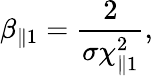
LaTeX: \beta_{\parallel 1}=\frac{2}{\sigma\chi_{\parallel 1}^{2}},